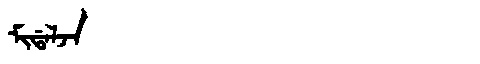
Manchu: ᠮᡳᡩᠠᠯᠵᠠ
Romanization: MIDALJA